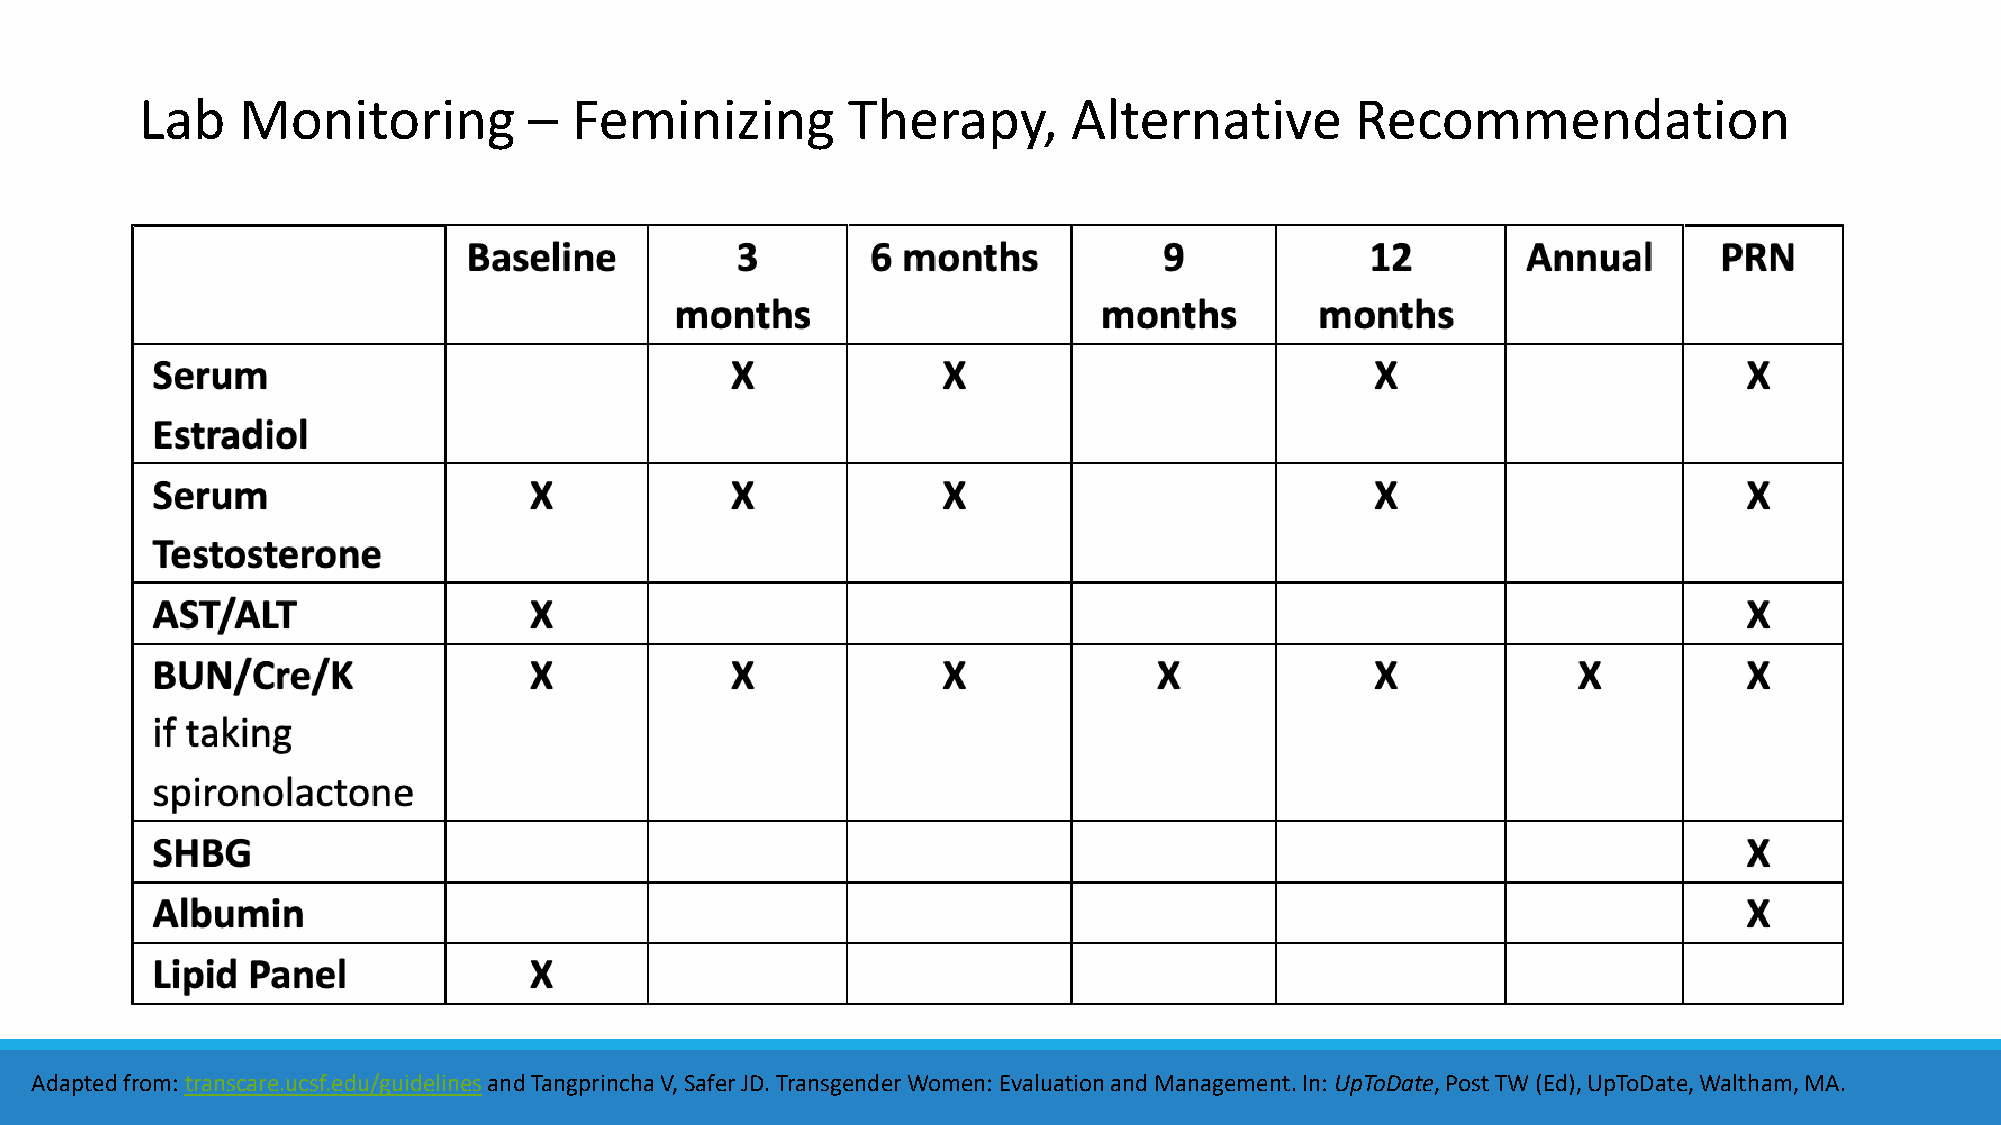
Lab    Monitoring         –  Feminizing        Therapy,       Alternative        Recommendation
 Adapted from: transcare.ucsf.edu/guidelinesand TangprinchaV, Safer JD. Transgender Women: Evaluation and Management. In: UpToDate, Post TW (Ed), UpToDate, Waltham, MA.